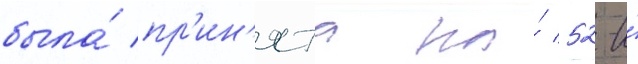
была́ пр'ин'ята на́ 52-и́